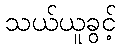
သယ်ယူခွင့်